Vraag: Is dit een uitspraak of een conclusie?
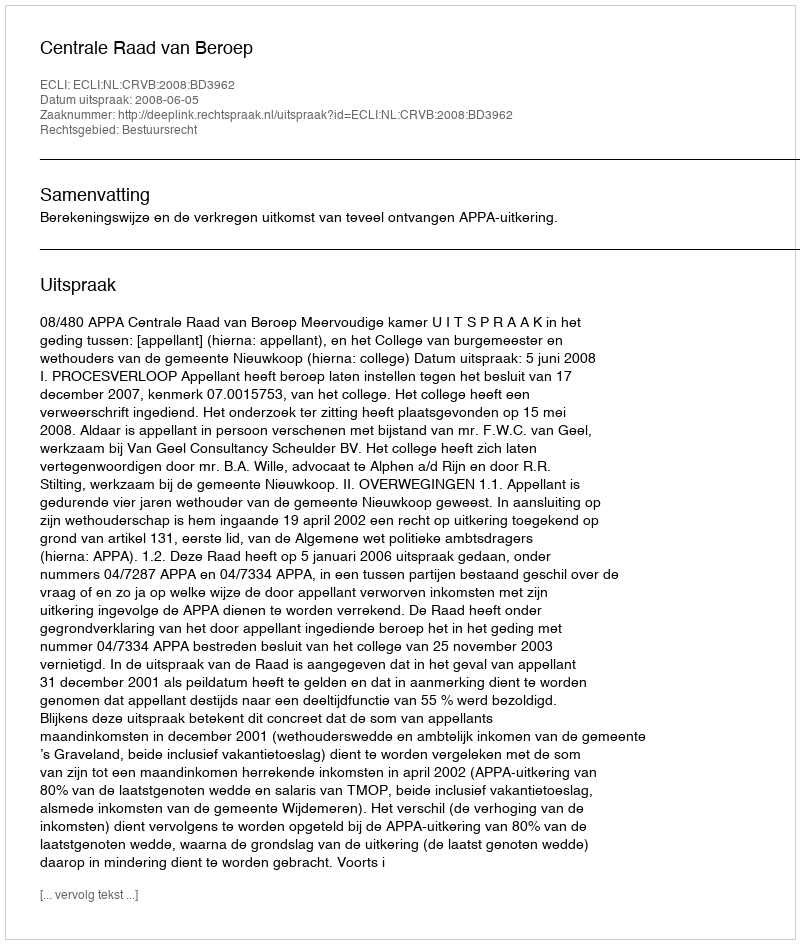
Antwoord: Uitspraak